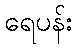
ရေပန်း